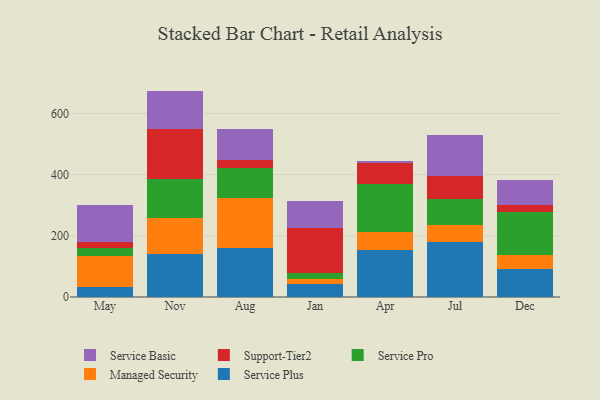
{"axis": {"x": "Month", "y": "Inventory Turnover"}, "legend": ["Managed Security", "Service Basic", "Service Plus", "Service Pro", "Support-Tier2"], "data": [{"x": "May", "y": 32.6, "type": "Service Plus"}, {"x": "May", "y": 100.8, "type": "Managed Security"}, {"x": "May", "y": 26.7, "type": "Service Pro"}, {"x": "May", "y": 18.2, "type": "Support-Tier2"}, {"x": "May", "y": 123.4, "type": "Service Basic"}, {"x": "Nov", "y": 141.8, "type": "Service Plus"}, {"x": "Nov", "y": 115.9, "type": "Managed Security"}, {"x": "Nov", "y": 129.4, "type": "Service Pro"}, {"x": "Nov", "y": 162.6, "type": "Support-Tier2"}, {"x": "Nov", "y": 124.2, "type": "Service Basic"}, {"x": "Aug", "y": 158.6, "type": "Service Plus"}, {"x": "Aug", "y": 166.2, "type": "Managed Security"}, {"x": "Aug", "y": 95.6, "type": "Service Pro"}, {"x": "Aug", "y": 26.5, "type": "Support-Tier2"}, {"x": "Aug", "y": 103.0, "type": "Service Basic"}, {"x": "Jan", "y": 42.4, "type": "Service Plus"}, {"x": "Jan", "y": 16.8, "type": "Managed Security"}, {"x": "Jan", "y": 20.4, "type": "Service Pro"}, {"x": "Jan", "y": 147.5, "type": "Support-Tier2"}, {"x": "Jan", "y": 86.0, "type": "Service Basic"}, {"x": "Apr", "y": 154.4, "type": "Service Plus"}, {"x": "Apr", "y": 58.8, "type": "Managed Security"}, {"x": "Apr", "y": 156.1, "type": "Service Pro"}, {"x": "Apr", "y": 70.1, "type": "Support-Tier2"}, {"x": "Apr", "y": 5.9, "type": "Service Basic"}, {"x": "Jul", "y": 178.8, "type": "Service Plus"}, {"x": "Jul", "y": 57.8, "type": "Managed Security"}, {"x": "Jul", "y": 83.6, "type": "Service Pro"}, {"x": "Jul", "y": 76.3, "type": "Support-Tier2"}, {"x": "Jul", "y": 132.3, "type": "Service Basic"}, {"x": "Dec", "y": 92.2, "type": "Service Plus"}, {"x": "Dec", "y": 44.2, "type": "Managed Security"}, {"x": "Dec", "y": 141.0, "type": "Service Pro"}, {"x": "Dec", "y": 24.0, "type": "Support-Tier2"}, {"x": "Dec", "y": 80.8, "type": "Service Basic"}]}